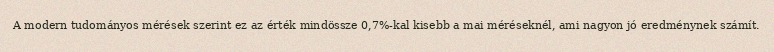
A modern tudományos mérések szerint ez az érték mindössze 0,7%-kal kisebb a mai méréseknél, ami nagyon jó eredménynek számít.